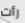
رأت